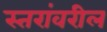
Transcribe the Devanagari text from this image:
स्‍तरांवरील